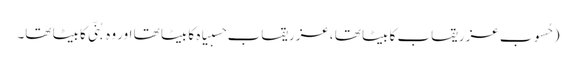
( حُسوب عزریقاب کا بیٹا تھا ،عزریقاب حسبیاہ کا بیٹا تھا اور وہ بُنّی کا بیٹا تھا۔